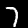
Label: 7